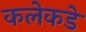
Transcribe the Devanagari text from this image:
कलेकडे